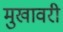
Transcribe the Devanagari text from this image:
मुखावरी